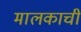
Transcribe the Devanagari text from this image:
मालकाची